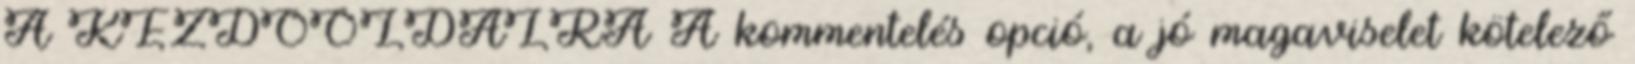
A KEZDŐOLDALRA A kommentelés opció, a jó magaviselet kötelező